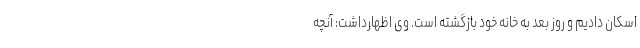
اسکان دادیم و روز بعد به خانه خود بازگشته است. وی اظهارداشت: آنچه